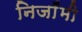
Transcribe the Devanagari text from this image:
निजाँमी